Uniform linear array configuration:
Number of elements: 12
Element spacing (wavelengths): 0.25
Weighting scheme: binomial
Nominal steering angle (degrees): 30
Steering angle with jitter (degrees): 29.447
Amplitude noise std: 0.05
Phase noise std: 0.05

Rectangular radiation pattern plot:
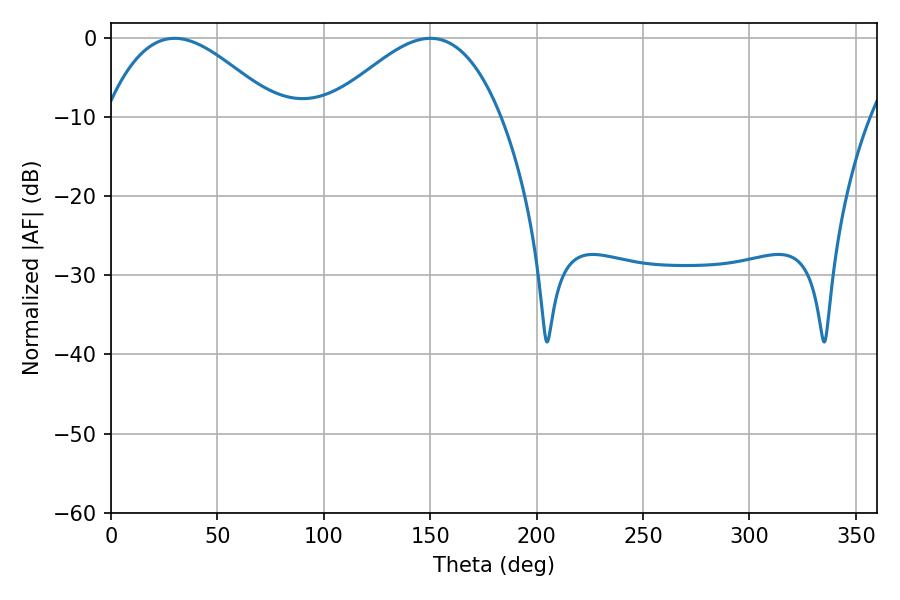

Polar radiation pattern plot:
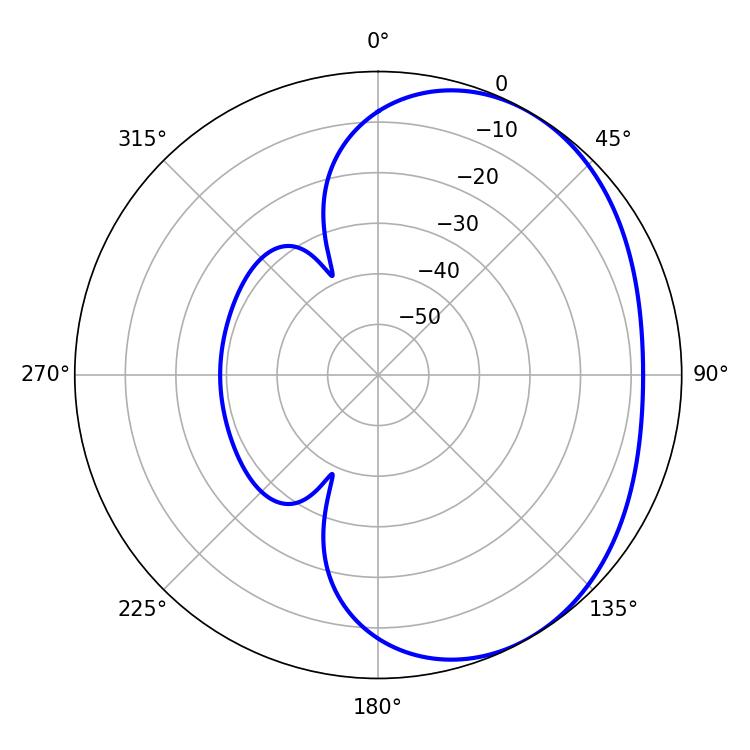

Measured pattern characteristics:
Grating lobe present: FALSE
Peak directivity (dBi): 3.205
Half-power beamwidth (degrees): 43.74
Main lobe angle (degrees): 29.88